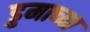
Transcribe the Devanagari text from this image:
डुमाच्या